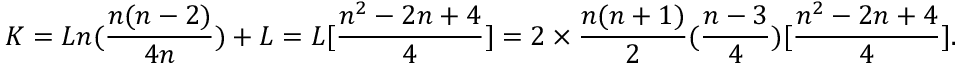
K = L n ( \frac { n ( n - 2 ) } { 4 n } ) + L = L [ \frac { n ^ { 2 } - 2 n + 4 } { 4 } ] = 2 \times \frac { n ( n + 1 ) } { 2 } ( \frac { n - 3 } { 4 } ) [ \frac { n ^ { 2 } - 2 n + 4 } { 4 } ] .